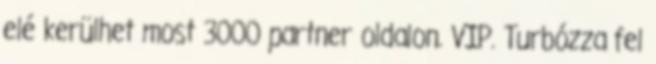
elé kerülhet most 3000 partner oldalon. VIP. Turbózza fel